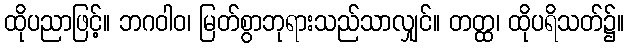
ထိုပညာဖြင့်။ ဘဂဝါဝ၊ မြတ်စွာဘုရားသည်သာလျှင်။ တတ္ထ၊ ထိုပရိသတ်၌။